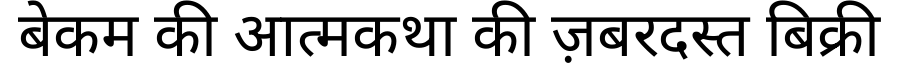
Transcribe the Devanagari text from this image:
बेकम की आत्मकथा की ज़बरदस्त बिक्री